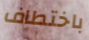
باختطاف